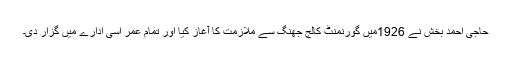
حاجی احمد بخش نے 1926میں گورنمنٹ کالج جھنگ سے ملازمت کا آغاز کیا اور تمام عمر اسی ادارے میں گزار دی۔